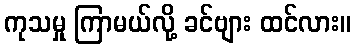
ကုသမှု ကြာမယ်လို့ ခင်ဗျား ထင်လား။